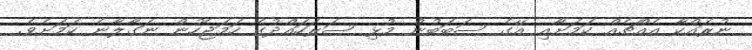
ނުރައްކާ އެއްޗެއް ކަމަށާއި އޭގެ ސަބަބުން މުޅި ސަރަހައްދުގެ ހަމަޖެހުން ނަގާލާނެ ކަމަށެވެ.